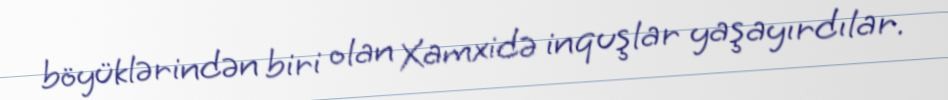
böyüklərindən biri olan Xamxidə inquşlar yaşayırdılar.